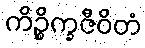
ကိဉ္စိက္ခဇီဝိတံ